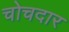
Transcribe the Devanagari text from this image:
चोचदार